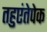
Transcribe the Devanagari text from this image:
तहुएंतेपेक